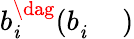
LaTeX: b_{\mathit{i}}^{\dag}(b_{\mathit{i}}^{\phantom{\dag}})